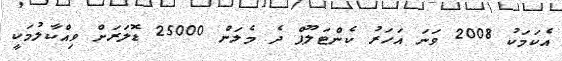
އެކަމަކު 2008 ވަނަ އަހަރު ކެންޓަލޫޕް ދެ މެލަން 25000 ޑޮލަރަށް ވިއްކާލުމަކީ